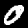
Digit: 0